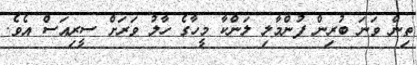
ތިން ވަނަ ބުރިން ފުންމާލި ލަންކާ މީހާގެ ހާލު ވަރަށް ސީރިއަސް އެވެ.